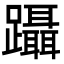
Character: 躡